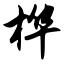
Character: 桦